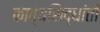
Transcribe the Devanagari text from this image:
काव्यसिद्धांतों